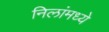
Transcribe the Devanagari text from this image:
निलांमध्ये